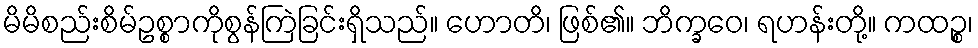
မိမိစည်းစိမ်ဥစ္စာကိုစွန်ကြဲခြင်းရှိသည်။ ဟောတိ၊ ဖြစ်၏။ ဘိက္ခဝေ၊ ရဟန်းတို့။ ကထဉ္စ၊